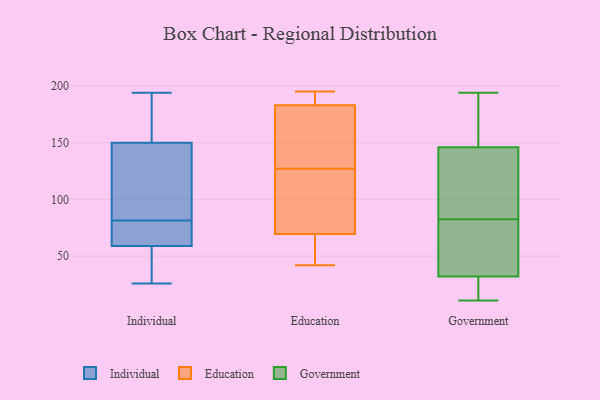
{"axis": {"x": "Energy Usage (MWh)", "y": "Value"}, "legend": ["Education", "Government", "Individual"], "data": [{"x": "", "y": 68, "type": "Individual"}, {"x": "", "y": 168, "type": "Individual"}, {"x": "", "y": 194, "type": "Individual"}, {"x": "", "y": 86, "type": "Individual"}, {"x": "", "y": 67, "type": "Individual"}, {"x": "", "y": 59, "type": "Individual"}, {"x": "", "y": 82, "type": "Individual"}, {"x": "", "y": 39, "type": "Individual"}, {"x": "", "y": 169, "type": "Individual"}, {"x": "", "y": 108, "type": "Individual"}, {"x": "", "y": 150, "type": "Individual"}, {"x": "", "y": 56, "type": "Individual"}, {"x": "", "y": 81, "type": "Individual"}, {"x": "", "y": 26, "type": "Individual"}, {"x": "", "y": 71, "type": "Education"}, {"x": "", "y": 91, "type": "Education"}, {"x": "", "y": 164, "type": "Education"}, {"x": "", "y": 42, "type": "Education"}, {"x": "", "y": 183, "type": "Education"}, {"x": "", "y": 187, "type": "Education"}, {"x": "", "y": 149, "type": "Education"}, {"x": "", "y": 151, "type": "Education"}, {"x": "", "y": 46, "type": "Education"}, {"x": "", "y": 195, "type": "Education"}, {"x": "", "y": 183, "type": "Education"}, {"x": "", "y": 78, "type": "Education"}, {"x": "", "y": 66, "type": "Education"}, {"x": "", "y": 192, "type": "Education"}, {"x": "", "y": 105, "type": "Education"}, {"x": "", "y": 68, "type": "Education"}, {"x": "", "y": 37, "type": "Government"}, {"x": "", "y": 188, "type": "Government"}, {"x": "", "y": 146, "type": "Government"}, {"x": "", "y": 11, "type": "Government"}, {"x": "", "y": 143, "type": "Government"}, {"x": "", "y": 146, "type": "Government"}, {"x": "", "y": 74, "type": "Government"}, {"x": "", "y": 187, "type": "Government"}, {"x": "", "y": 21, "type": "Government"}, {"x": "", "y": 29, "type": "Government"}, {"x": "", "y": 22, "type": "Government"}, {"x": "", "y": 78, "type": "Government"}, {"x": "", "y": 154, "type": "Government"}, {"x": "", "y": 141, "type": "Government"}, {"x": "", "y": 35, "type": "Government"}, {"x": "", "y": 135, "type": "Government"}, {"x": "", "y": 11, "type": "Government"}, {"x": "", "y": 87, "type": "Government"}, {"x": "", "y": 194, "type": "Government"}, {"x": "", "y": 50, "type": "Government"}]}